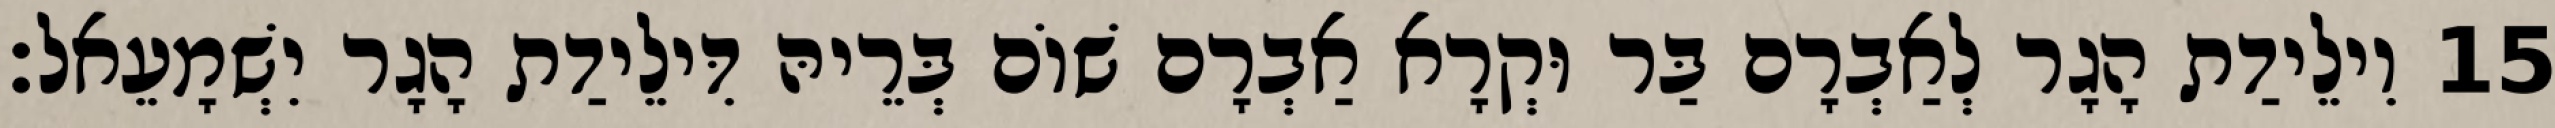
15 וִילֵידַת הָגָר לְאַבְרָם בַּר וּקְרָא אַבְרָם שׁוֹם בְּרֵיהּ דִּילֵידַת הָגָר יִשְׁמָעֵאל׃